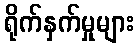
ရိုက်နှက်မှုများ